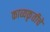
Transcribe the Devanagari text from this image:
काव्यकृतीचे